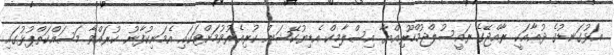
އަޅުގަނޑުގެ ދުޢާއަކީ ރާއްޖޭގެ ރައީސުލްޖުމްހޫރިއްޔާ އިސްލާމިކް އެޑިޔުކޭޝަން ކުރިއެރުވުމަށްޓަކައި އެމަނިކުފާނު ކުރައްވާ މަސައްކަތްޕުޅުގައި